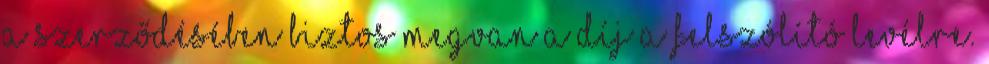
A szerződésében biztos megvan a díj a felszólító levélre.